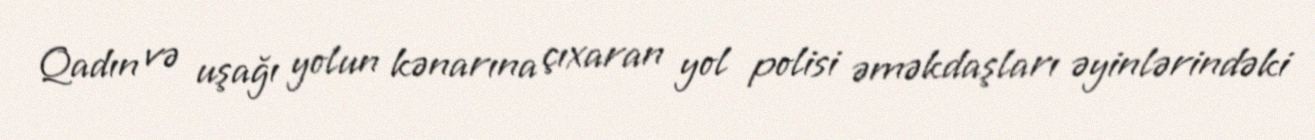
Qadın və uşağı yolun kənarına çıxaran yol polisi əməkdaşları əyinlərindəki